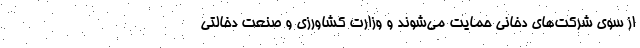
از سوی شرکت‌های دخانی حمایت می‌شوند و وزارت کشاورزی و صنعت دخالتی